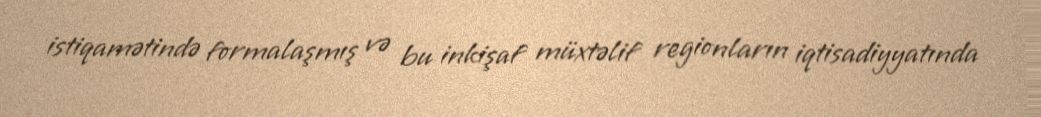
istiqamətində formalaşmış və bu inkişaf müxtəlif regionların iqtisadiyyatında